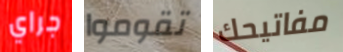
جراي تقوموا مفاتيحك